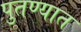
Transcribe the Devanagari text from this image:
पुतण्यात